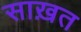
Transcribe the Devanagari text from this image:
साख़त